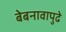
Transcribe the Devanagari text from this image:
बेबनावापुढे